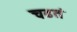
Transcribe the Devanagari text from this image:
चढतं